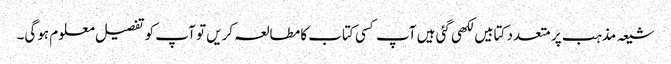
شیعہ مذہب پر متعدد کتابیں لکھی گئی ہیں آپ کسی کتاب کا مطالعہ کریں تو آپ کو تفصیل معلوم ہوگی۔